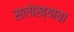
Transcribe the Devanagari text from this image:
सलोख्याचा